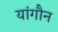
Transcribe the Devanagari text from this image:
यांगौन